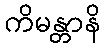
ကိမန္တာနိ